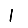
Digit: 1